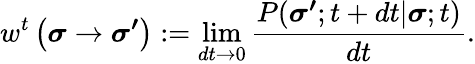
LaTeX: w^{t}\left(\boldsymbol{\sigma}\rightarrow\boldsymbol{\sigma^{\prime}}\right):=\operatorname*{lim}_{dt\rightarrow 0}\frac{P(\boldsymbol{\sigma^{\prime}};t+dt|\boldsymbol{\sigma};t)}{dt}.